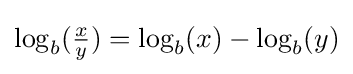
\log _{b}({\tfrac {x}{y}})=\log _{b}(x)-\log _{b}(y)